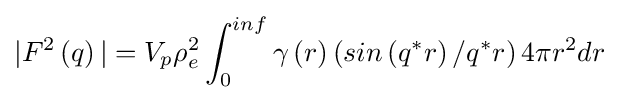
|F^{2}\left(q\right)|=V_{p}\rho _{e}^{2}\int _{0}^{inf}\gamma \left(r\right)\left(sin\left(q^{*}r\right)/q^{*}r\right)4\pi r^{2}dr